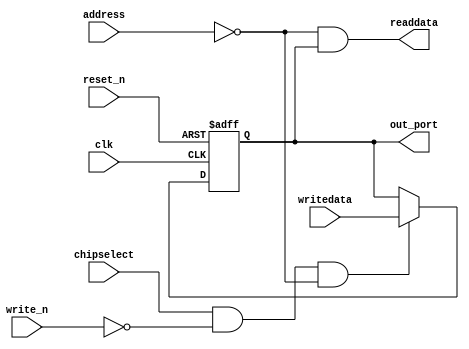
module eep__i2c_scl (
                      // inputs:
                       address,
                       chipselect,
                       clk,
                       reset_n,
                       write_n,
                       writedata,

                      // outputs:
                       out_port,
                       readdata
                    )
;

  output           out_port;
  output           readdata;
  input   [  1: 0] address;
  input            chipselect;
  input            clk;
  input            reset_n;
  input            write_n;
  input            writedata;

  wire             clk_en;
  reg              data_out;
  wire             out_port;
  wire             read_mux_out;
  wire             readdata;
  assign clk_en = 1;
  //s1, which is an e_avalon_slave
  assign read_mux_out = {1 {(address == 0)}} & data_out;
  always @(posedge clk or negedge reset_n)
    begin
      if (reset_n == 0)
          data_out <= 0;
      else if (chipselect && ~write_n && (address == 0))
          data_out <= writedata;
    end


  assign readdata = read_mux_out;
  assign out_port = data_out;

endmodule